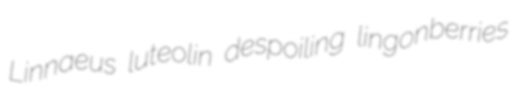
Linnaeus luteolin despoiling lingonberries